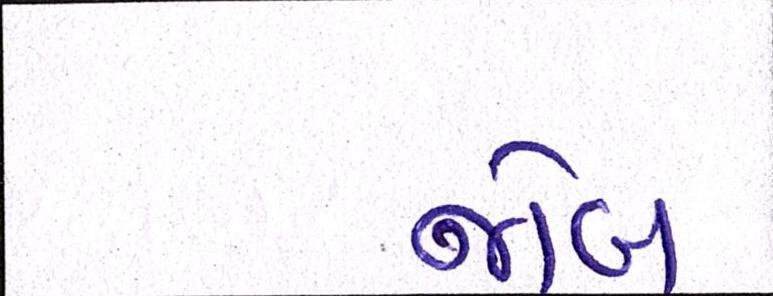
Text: જોબ